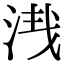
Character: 𣴮